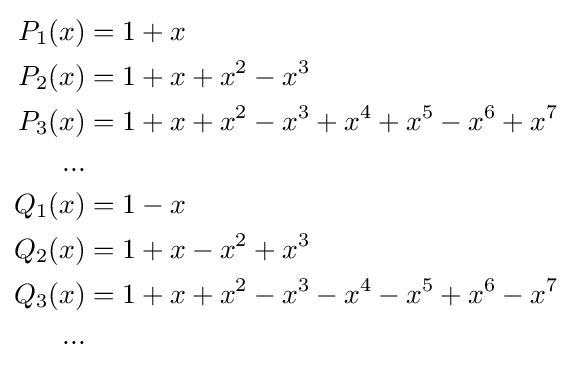
{\begin{aligned}P_{1}(x)&{}=1+x\\P_{2}(x)&{}=1+x+x^{2}-x^{3}\\P_{3}(x)&{}=1+x+x^{2}-x^{3}+x^{4}+x^{5}-x^{6}+x^{7}\\...\\Q_{1}(x)&{}=1-x\\Q_{2}(x)&{}=1+x-x^{2}+x^{3}\\Q_{3}(x)&{}=1+x+x^{2}-x^{3}-x^{4}-x^{5}+x^{6}-x^{7}\\...\\\end{aligned}}